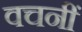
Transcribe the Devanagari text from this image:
वचनीं